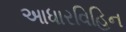
આધારવિહિન